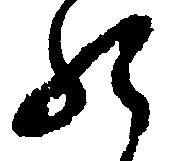
の